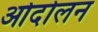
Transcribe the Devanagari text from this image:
ओदोलन